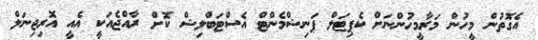
އެގޮތުން މީހުން މަރާމީހުންނަށް ކެޕިޓަލް ޕަނިޝްމެންޓް އެސްޓަބްލިޝް ކޮށް ރާއްޖެއަކީ އެއީ އޮރިޖިނަލް